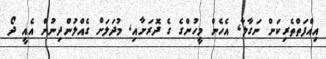
އިއްފަތްތެރިކަން ނަގާލާ